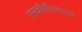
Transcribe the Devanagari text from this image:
एमव्हीपीएसाच्या